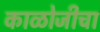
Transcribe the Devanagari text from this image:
काळोजीचा